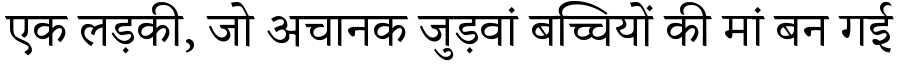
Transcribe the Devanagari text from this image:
एक लड़की, जो अचानक जुड़वां बच्चियों की मां बन गई